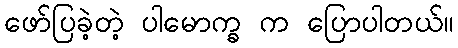
ဖော်ပြခဲ့တဲ့ ပါမောက္ခ က ပြောပါတယ်။